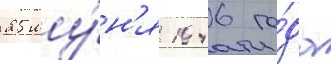
25 иу́н'я 1946 го́да